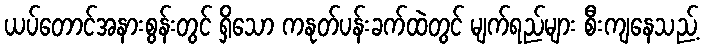
ယပ်တောင်အနားစွန်းတွင် ရှိသော ကနုတ်ပန်းခက်ထဲတွင် မျက်ရည်များ စီးကျနေသည့်